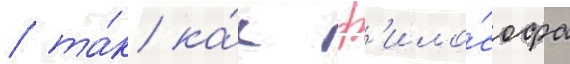
/ та́к ка́к ф'ило́софа